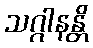
သဂ္ဂါနန္တိ